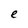
Character: e